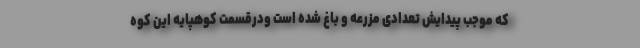
که موجب پیدایش تعدادی مزرعه و باغ شده است ودرقسمت کوهپایه این کوه